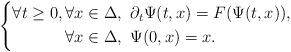
LaTeX: \begin{align*} \left\{ \begin{aligned} \forall t\geq 0, \forall x\in \Delta &, \ \partial_t \Psi(t,x) = F(\Psi(t,x)), \\ \forall x\in \Delta &, \ \Psi(0,x)=x. \end{aligned} \right.\end{align*}